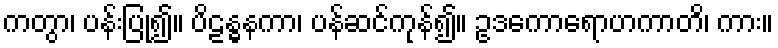
ကတွာ၊ ပန်းပြု၍။ ပိဠန္ဓနကာ၊ ပန်ဆင်ကုန်၍။ ဥဒကောရောဟကာတိ၊ ကား။